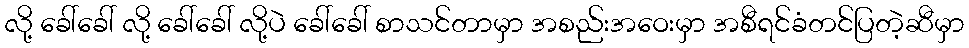
လို့ ခေါ်ခေါ် လို့ ခေါ်ခေါ် လို့ပဲ ခေါ်ခေါ် စာသင်တာမှာ အစည်းအဝေးမှာ အစီရင်ခံတင်ပြတဲ့ဆီမှာ